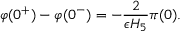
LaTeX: \varphi ( 0 ^ { + } ) - \varphi ( 0 ^ { - } ) = - { \frac { 2 } { \epsilon H _ { 5 } } } \pi ( 0 ) .